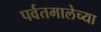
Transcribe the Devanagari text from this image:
पर्वतमालेच्या